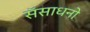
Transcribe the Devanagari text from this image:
सॅसाधनो